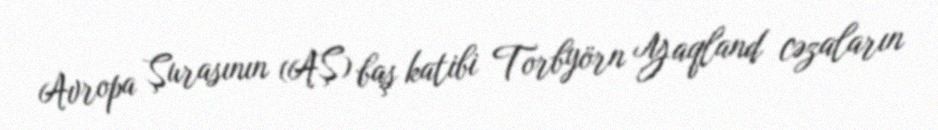
Avropa Şurasının (AŞ) baş katibi Torbyörn Yaqland cəzaların